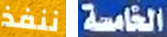
ننفذ الخامسة